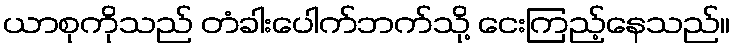
ယာစုကိုသည် တံခါးပေါက်ဘက်သို့ ငေးကြည့်နေသည်။